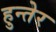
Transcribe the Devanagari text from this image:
हुन्तेर